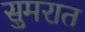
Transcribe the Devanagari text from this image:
सुमरात